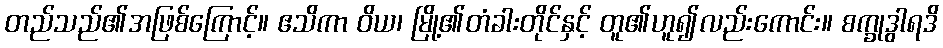
တည်သည်၏အဖြစ်ကြောင့်။ ဧသိကာ ဝိယ၊ မြို့၏တံခါးတိုင်နှင့် တူ၏ဟူ၍လည်းကောင်း။ စက္ခုဒွါရဒိ